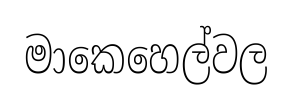
මාකෙහෙල්වල